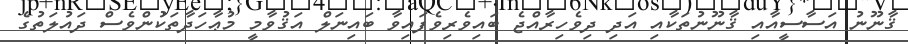
ޤާނޫނު އަސާސީއާއި ޤާނޫނުތަކާއި އަދި ދިވެހިރާއްޖެ ބައިވެރިވެފައިވާ ބައިނަލް އަޤުވާމީ މުޢާހަދާތަކުންވެސް ދައުލަތުގެ